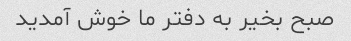
صبح بخیر به دفتر ما خوش آمدید